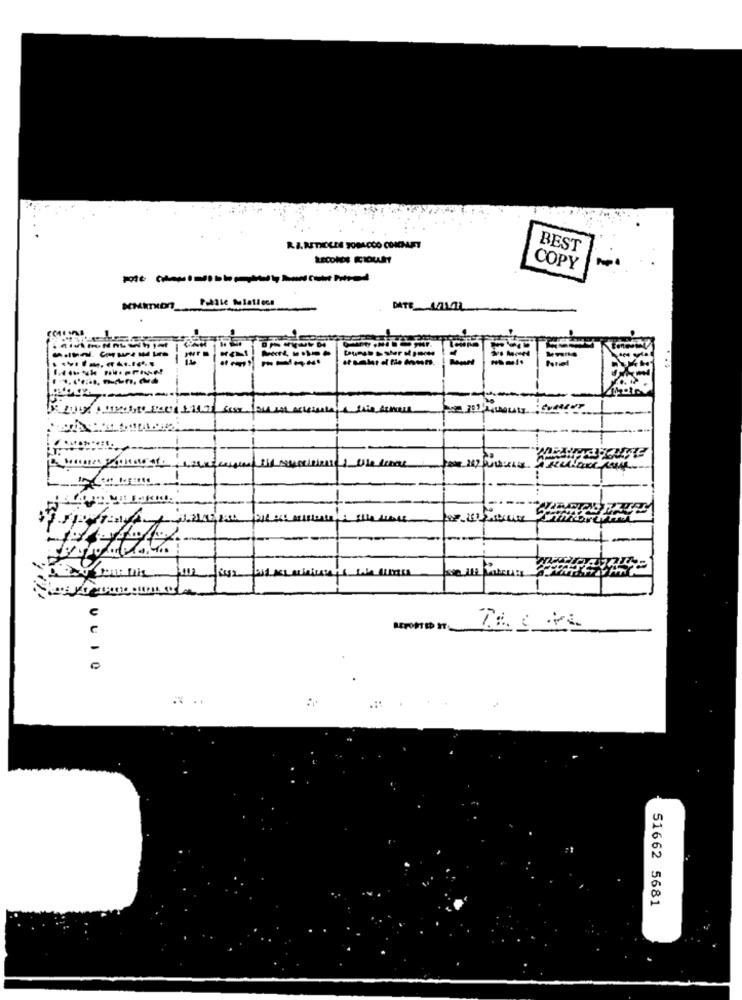
R. J. RETHOLES TOBACCO COMMART
BEST
LECONDS ICIOUA
COPY
hp
Pollle Miatiecs
SCHRTHON
--
posso & sher ola
1
-
51662 5681